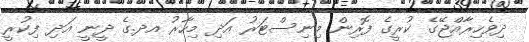
ދިވެހިރާއްޖޭގެ ކުރީގެ ފޮރިން މިނިސްޓަރު އަދި މިހާރު އދ.ގެ ދީނީ އަދި ފިކުރީ